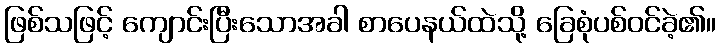
ဖြစ်သဖြင့် ကျောင်းပြီးသောအခါ စာပေနယ်ထဲသို့ ခြေစုံပစ်ဝင်ခဲ့၏။